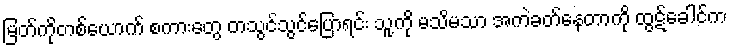
မြတ်ကိုတစ်ယောက် စကားတွေ တသွင်သွင်ပြောရင်း သူ့ကို မသိမသာ အကဲခတ်နေတာကို ထွဋ်ခေါင်က